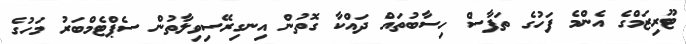
ޓޫރިޒަމްގެ އެންމެ ފަހުގެ ތަފާސް ހިސާބުތައް ދައްކާ ގޮތުން އިނގިރޭސިވިލާތުން ސެޕްޓެމްބަރު މަހުގެ